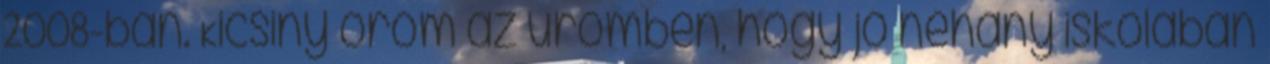
2008-ban. Kicsiny öröm az ürömben, hogy jó néhány iskolában